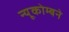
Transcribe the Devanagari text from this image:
न्यूकोम्बने